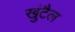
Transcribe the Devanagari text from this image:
खुंटैल